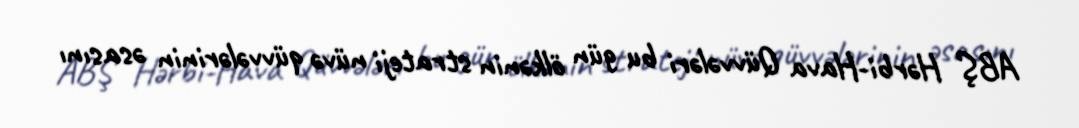
ABŞ Hərbi-Hava Qüvvələri bu gün ölkənin strateji nüvə qüvvələrinin əsasını